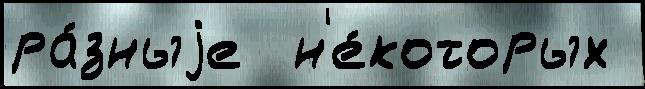
ра́зныjе  н'е́которых